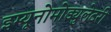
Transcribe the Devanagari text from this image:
इम्यूनोमोड्युलेटरी